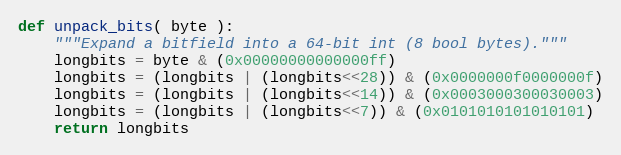
Language: Python
def unpack_bits( byte ):
    """Expand a bitfield into a 64-bit int (8 bool bytes)."""
    longbits = byte & (0x00000000000000ff)
    longbits = (longbits | (longbits<<28)) & (0x0000000f0000000f)
    longbits = (longbits | (longbits<<14)) & (0x0003000300030003)
    longbits = (longbits | (longbits<<7)) & (0x0101010101010101)
    return longbits